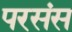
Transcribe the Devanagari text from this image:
परसंस